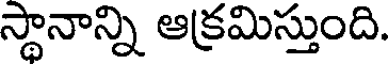
స్థానాన్ని ఆక్రమిస్తుంది.